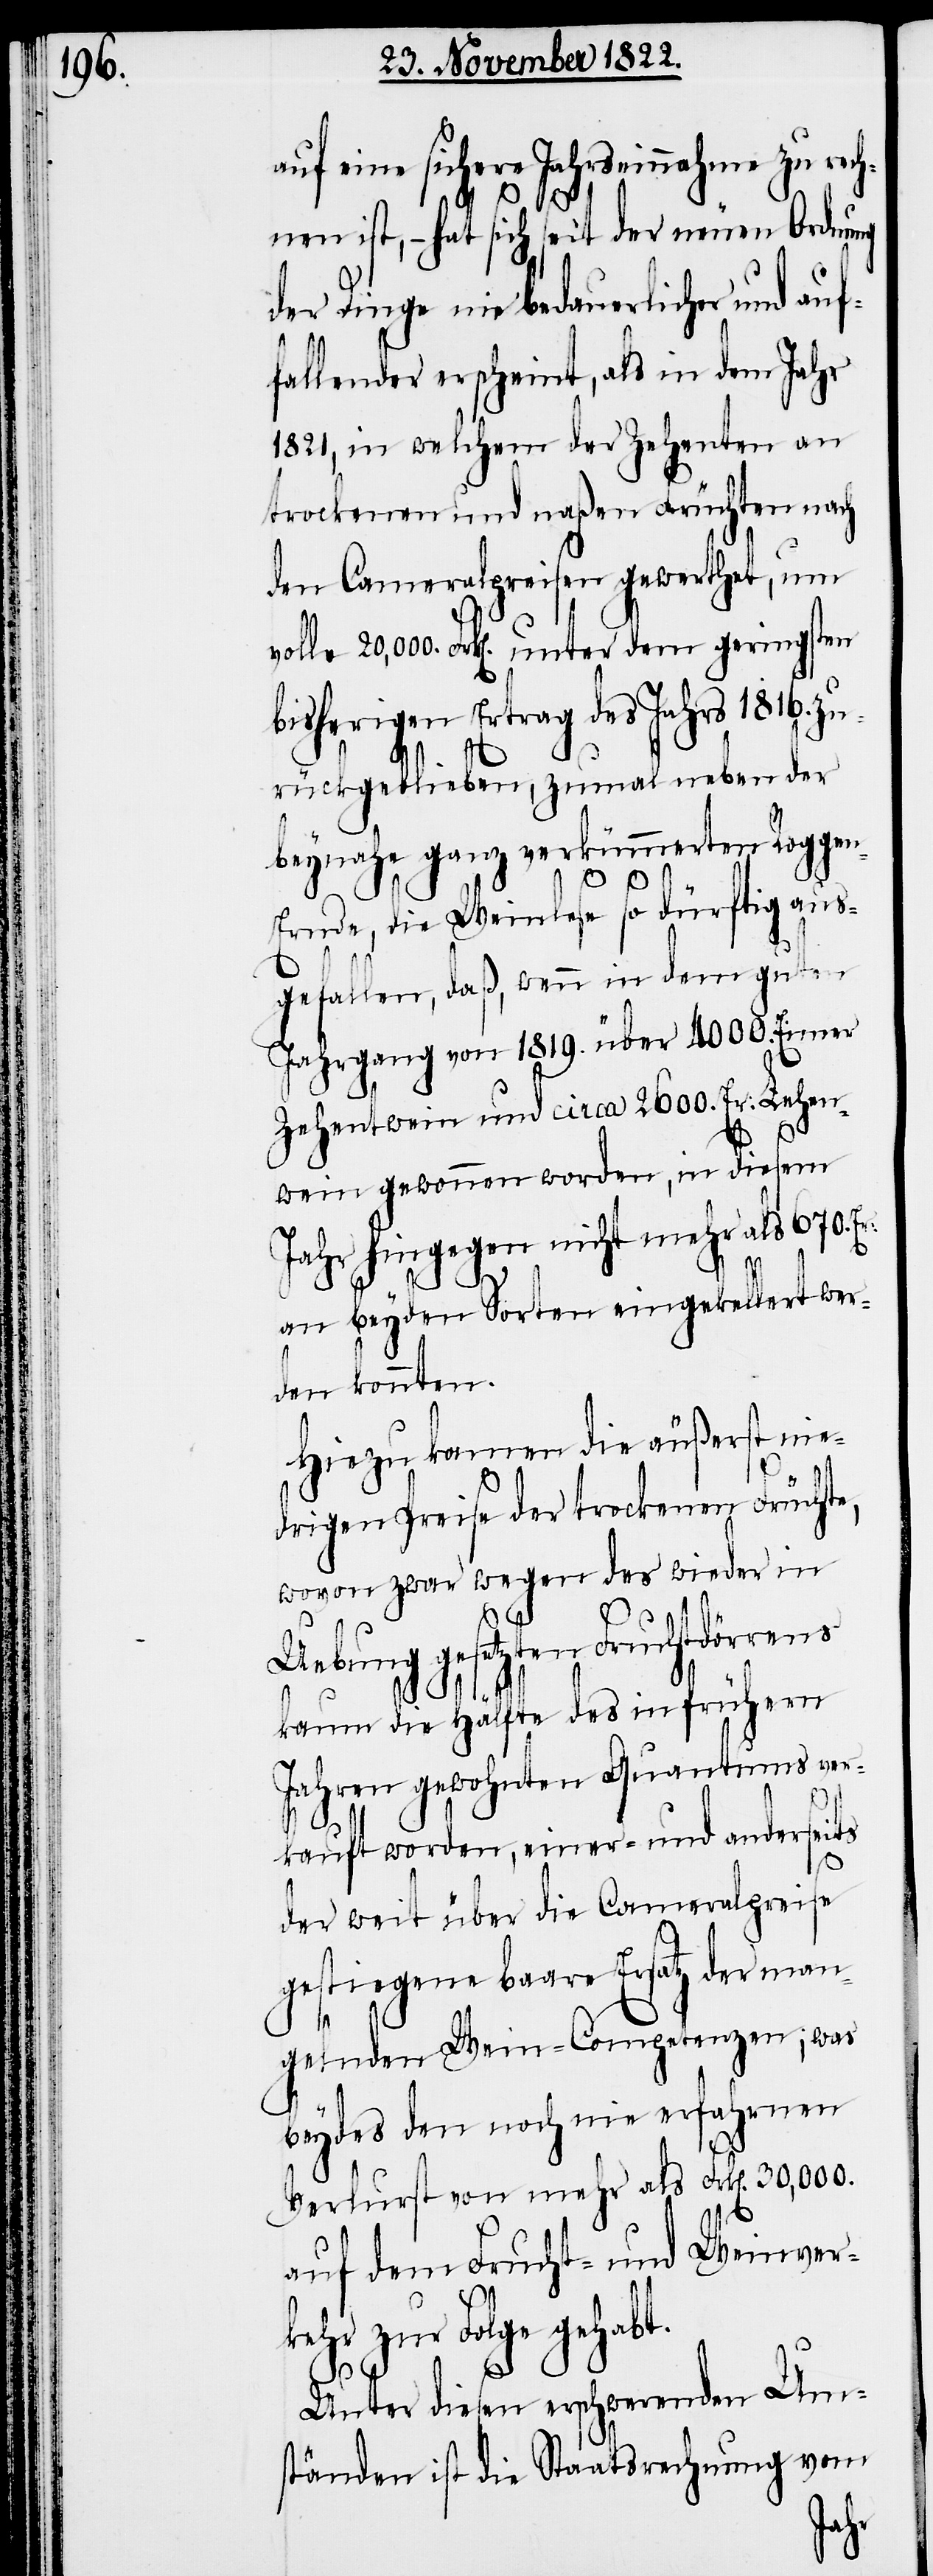
auf eine sichere Jahrseinnahme zu rech¬
nen ist, – hat sich seit der neuen Ordnung
der Dinge nie bedauerlicher und auf¬
fallender erscheint, als in dem Jahr
1821, in welchem der Zehenten an
trockenen und naßen Früchten nach
den Cameralpreisen gewerthet, um
volle 20,000 Frk[en]. unter dem geringsten
bisherigen Ertrag des Jahrs 1816. zu¬
rückgeblieben, zumal neben der
beynahe ganz verkümmerten Rogge¬
n-Ernde, die Weinlese so dürftig aus¬
gefallen, daß, wenn in dem guten
Jahrgang von 1819. über 4000. Eimer
Zehentwein und circa 2600. Er: Lehen¬
wein gewonnen worden, in diesem
Jahr hingegen nicht mehr als 670.
an beyden Sorten eingekellert wer¬
den konnten.
Hiezu kamen die äußerst nie¬
drigen Preise der trockenen Frücht¬
wovon zwar wegen des wieder in
Uebung gesetzten Fruchtdörrens
kaum die Hälfte des in frühern
Jahren gewohnten Quantums ver¬
e,
kauft worden, einer- und anderseits
der weit über die Cameralpreise
gestiegene baare Ersatz der man¬
gelnden Wein-Competenzen; was
beydes den noch nie erfahrnen
Verlurst von mehr als Frk[en]. 30,000.
auf dem Frucht- und Weinverk¬
ehr zur Folge gehabt.
Unter diesen erschwerenden Um¬
ständen ist die Staatsrechnung vom